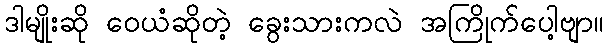
ဒါမျိုးဆို ဝေယံဆိုတဲ့ ခွေးသားကလဲ အကြိုက်ပေါ့ဗျာ။